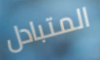
المتبادل